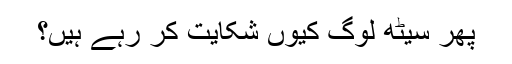
پھر سیٹھ لوگ کیوں شکایت کر رہے ہیں؟